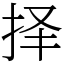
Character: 择